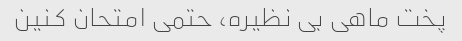
پخت ماهی بی نظیره، حتمی امتحان کنین